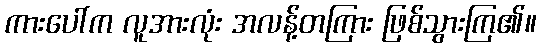
ကားပေါ်က လူအားလုံး အလန့်တကြား ဖြစ်သွားကြ၏။